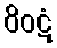
ဝိဝဋံ